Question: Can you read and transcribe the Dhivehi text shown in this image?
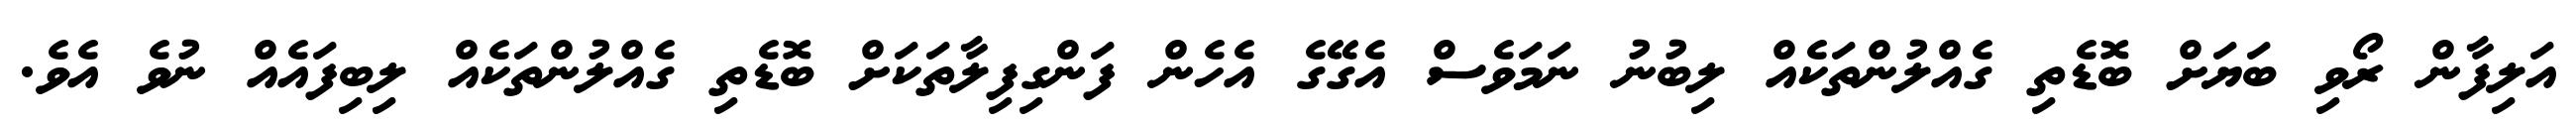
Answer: އަލިފާން ރޯވި ބަޔަށް ބޮޑެތި ގެއްލުންތަކެއް ލިބުނު ނަމަވެސް އެގޭގެ އެހެން ފަންގިފިލާތަކަށް ބޮޑެތި ގެއްލުންތަކެއް ލިބިފައެއް ނުވެ އެވެ.